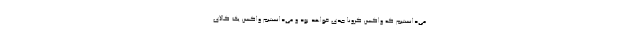
می‌دانستیم که واکسن کرونا جدی خواهد بود و می‌دانستیم واکسن یک کالای